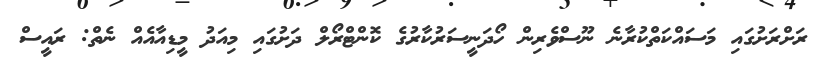
ރަށްރަށުގައި މަސައްކަތްކުރާނެ ނޫސްވެރިން ހޯދަނީސަރުކާރުގެ ކޮންޓްރޯލް ދަށުގައި މިއަދު މީޑިއާއެއް ނެތް: ރައީސް